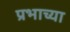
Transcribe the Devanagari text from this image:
प्रभाच्या